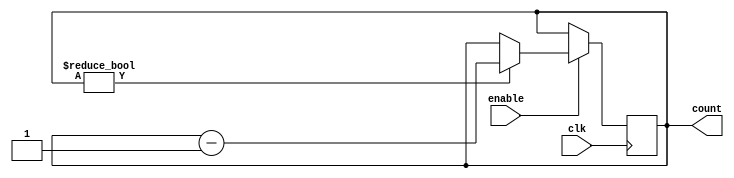
module binary_down_counter (
    input wire clk,
    input wire enable,
    output reg [7:0] count
);

always @(posedge clk) begin
    if (enable) begin
        if (count != 0) begin
            count <= count - 1;
        end
    end
end

endmodule